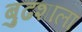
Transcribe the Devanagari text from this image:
बुढशाला